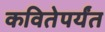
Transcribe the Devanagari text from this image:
कवितेपर्यंत